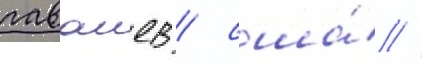
гаваиев / сша́ //